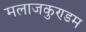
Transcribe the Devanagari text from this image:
मलाजकुण्डम